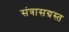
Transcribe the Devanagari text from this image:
संत्रासग्रस्त